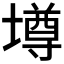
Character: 壿